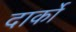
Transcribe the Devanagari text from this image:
दार्को